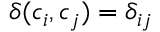
\delta ( c _ { i } , c _ { j } ) = \delta _ { i j }